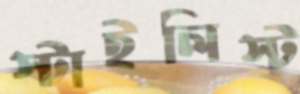
স্টাইলিস্ট